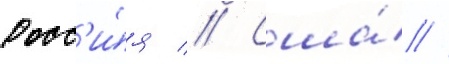
Росс'и́я // Сша́ //